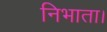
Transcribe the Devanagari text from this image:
निभाता।